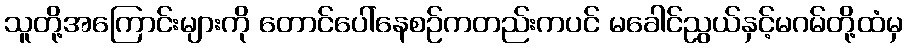
သူတို့အကြောင်းများကို တောင်ပေါ်နေစဉ်ကတည်းကပင် မခေါင်ညွယ်နှင့်မဂမ်တို့ထံမှ